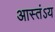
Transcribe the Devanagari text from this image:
आस्तंऽय